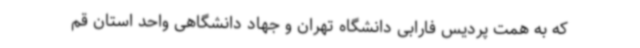
که به همت پردیس فارابی دانشگاه تهران و جهاد دانشگاهی واحد استان قم